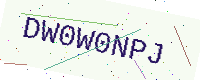
Text: DW0W0NPJ